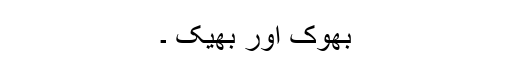
بھوک اور بھیک ۔